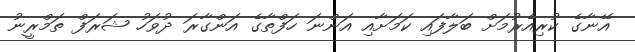
އޭނާގެ ކުރިއެރުމަށް ބަލާފައި ކަމަށާއި އަންނަ ހަފްތާގެ އަންގާރަ ދުވަހު ޝަރަފް ތަމްރީނު